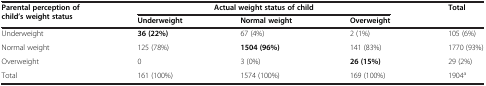
| <ROWSPAN=2> Parental perception of child’s weight status | <COLSPAN=2> Actual weight status of child |  | Total |
 | Underweight | Normal weight | Overweight |  |
 | --- | --- | --- | --- | --- |
 | Underweight | 36 (22%) | 67 (4%) | 2 (1%) | 105 (6%) |
 | Normal weight | 125 (78%) | 1504 (96%) | 141 (83%) | 1770 (93%) |
 | Overweight | 0 | 3 (0%) | 26 (15%) | 29 (2%) |
 | Total | 161 (100%) | 1574 (100%) | 169 (100%) | 1904a |